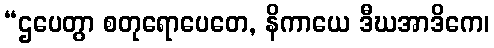
“ဌပေတွာ စတုရောပေတေ, နိကာယေ ဒီဃအာဒိကေ၊